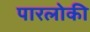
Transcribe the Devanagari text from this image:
पारलोकी